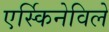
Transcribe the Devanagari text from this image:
एर्स्किनेविले